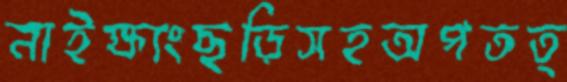
নাইক্ষ্যংছড়িসহঅপতত্